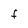
Character: F